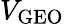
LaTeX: V_{\mathrm{GEO}}